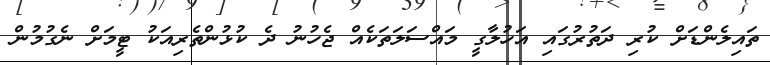
ތައިލެންޑަށް ކުރި ދަތުރުގައި އަހުލާގީ މައްސަލަތަކެއް ޖެހުނު ދެ ކުޅުންތެރިއަކު ޓީމަށް ނެގުމުން